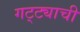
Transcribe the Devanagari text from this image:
गट्ट्याची